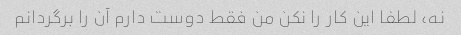
نه، لطفا این کار را نکن من فقط دوست دارم آن را برگردانم